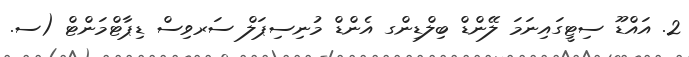
2. އައްޑޫ ސިޓީގައިނަމަ ލޭންޑް ބިލްޑިންގ އެންޑް މުނިސިޕަލް ސަރވިސް ޑިޕާޓްމަންޓް (ސ.